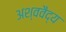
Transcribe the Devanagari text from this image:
अश्ववैद्य